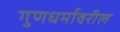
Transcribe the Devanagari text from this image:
गुणधर्मावरील